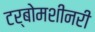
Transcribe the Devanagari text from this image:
टर्बोमशीनरी